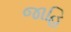
જાહિ